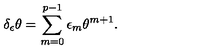
\delta _ { \epsilon } \theta = \sum _ { m = 0 } ^ { p - 1 } \epsilon _ { m } \theta ^ { m + 1 } .